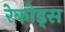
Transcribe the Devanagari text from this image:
रेकोड्स